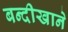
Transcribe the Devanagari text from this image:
बन्दीखाने